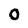
Character: 0